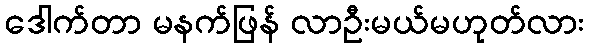
ဒေါက်တာ မနက်ဖြန် လာဦးမယ်မဟုတ်လား